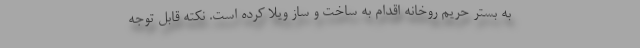
به بستر حریم روخانه اقدام به ساخت و ساز ویلا کرده است. نکته قابل توجه